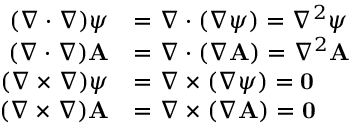
{ \begin{array} { r l } { ( \nabla \cdot \nabla ) \psi } & { = \nabla \cdot ( \nabla \psi ) = \nabla ^ { 2 } \psi } \\ { ( \nabla \cdot \nabla ) \mathbf { A } } & { = \nabla \cdot ( \nabla \mathbf { A } ) = \nabla ^ { 2 } \mathbf { A } } \\ { ( \nabla \times \nabla ) \psi } & { = \nabla \times ( \nabla \psi ) = \mathbf { 0 } } \\ { ( \nabla \times \nabla ) \mathbf { A } } & { = \nabla \times ( \nabla \mathbf { A } ) = \mathbf { 0 } } \end{array} }